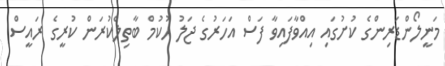
މަނީލޯންޑަރިންގެ ކުށުގައި އިއްވާފައިވާ ފަސް އަހަރުގެ ޖަލު ހުކުމް ބާތިލްކުރަން ކުރީގެ ރައީސް